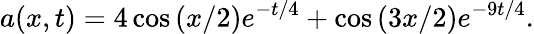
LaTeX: a(x,t)=4\cos\left(x/2\right)e^{-t/4}+\cos\left(3x/2\right)e^{-9t/4}.